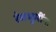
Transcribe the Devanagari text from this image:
रंगभूमींना